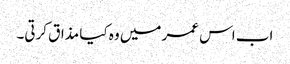
اب اس عمر میں وہ کیا مذاق کرتی۔